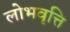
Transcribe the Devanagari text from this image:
लोभवृत्ति